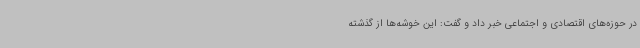
در حوزه‌های اقتصادی و اجتماعی خبر داد و گفت: این خوشه‌ها از گذشته